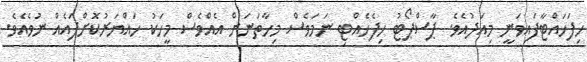
ހިފަހައްޓާފައިވަނީ މިއަދުއެވެ. ޕާސްޕޯޓު ހިފެހެއްޓި ނަމަވެސް މިހާތަނަށް އެއްވެސް މީހަކު ހައްޔަރުކޮށްފައެއް ނުވެއެވެ.